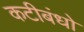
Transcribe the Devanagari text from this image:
कटीबंधो